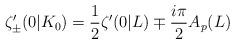
\begin{align*}\zeta'_{\pm}(0|K_0)= \frac{1}{2}\zeta'(0|L) \mp \frac{i \pi}{2} A_p(L)\end{align*}